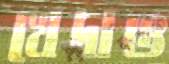
খেদাও